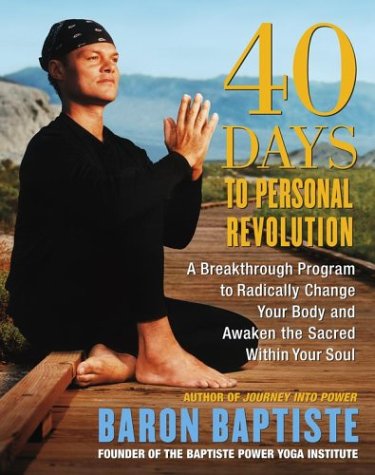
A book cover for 40 Days to Personal Revolution: A Breakthrough Program to Radically Change Your Body and Awaken the Sacred Within Your Soul; Baron Baptiste; Self-Help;